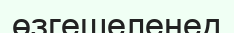
өзгешеленед